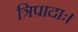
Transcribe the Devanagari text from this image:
त्रिपादाः।